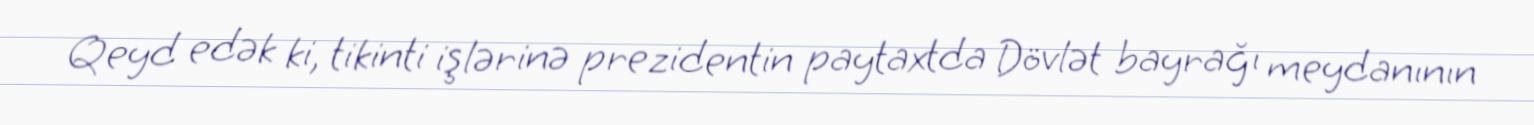
Qeyd edək ki, tikinti işlərinə prezidentin paytaxtda Dövlət bayrağı meydanının